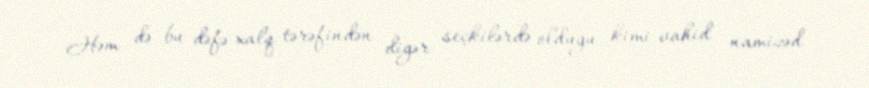
Həm də bu dəfə xalq tərəfindən digər seçkilərdə olduğu kimi vahid namizəd